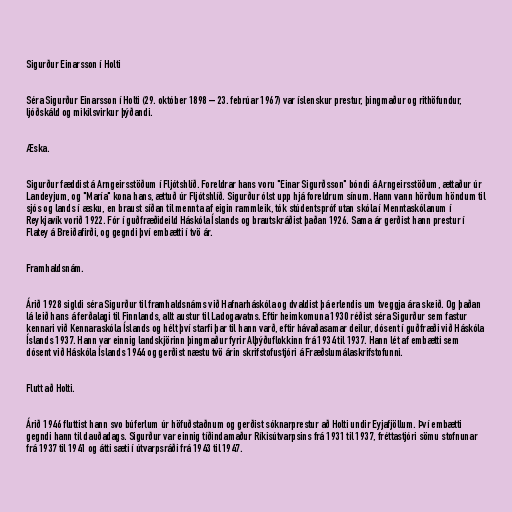
Sigurður Einarsson í Holti

Séra Sigurður Einarsson í Holti (29. október 1898 – 23. febrúar 1967) var íslenskur prestur, þingmaður og rithöfundur,
ljóðskáld og mikilsvirkur þýðandi.

Æska.

Sigurður fæddist á Arngeirsstöðum í Fljótshlíð. Foreldrar hans voru "Einar Sigurðsson" bóndi á Arngeirsstöðum, ættaður úr
Landeyjum, og "María" kona hans, ættuð úr Fljótshlíð. Sigurður ólst upp hjá foreldrum sínum. Hann vann hörðum höndum til
sjós og lands í æsku, en braust síðan til mennta af eigin rammleik, tók stúdentspróf utan skóla í Menntaskólanum í
Reykjavík vorið 1922. Fór í guðfræðideild Háskóla Íslands og brautskráðist þaðan 1926. Sama ár gerðist hann prestur í
Flatey á Breiðafirði, og gegndi því embætti í tvö ár.

Framhaldsnám.

Árið 1928 sigldi séra Sigurður til framhaldsnáms við Hafnarháskóla og dvaldist þá erlendis um tveggja ára skeið. Og þaðan
lá leið hans á ferðalagi til Finnlands, allt austur til Ladogavatns. Eftir heimkomuna 1930 réðist séra Sigurður sem fastur
kennari við Kennaraskóla Íslands og hélt því starfi þar til hann varð, eftir hávaðasamar deilur, dósent í guðfræði við Háskóla
Íslands 1937. Hann var einnig landskjörinn þingmaður fyrir Alþýðuflokkinn frá 1934 til 1937. Hann lét af embætti sem
dósent við Háskóla Íslands 1944 og gerðist næstu tvö árin skrifstofustjóri á Fræðslumálaskrifstofunni.

Flutt að Holti.

Árið 1946 fluttist hann svo búferlum úr höfuðstaðnum og gerðist sóknarprestur að Holti undir Eyjafjöllum. Því embætti
gegndi hann til dauðadags. Sigurður var einnig tíðindamaður Ríkisútvarpsins frá 1931 til 1937, fréttastjóri sömu stofnunar
frá 1937 til 1941 og átti sæti í útvarpsráði frá 1943 til 1947.